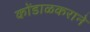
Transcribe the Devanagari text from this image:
कोंडाळकराने